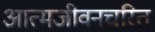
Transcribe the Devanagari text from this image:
आत्मजीवनचरित